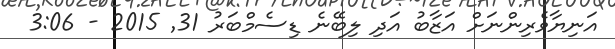
އަނިޔާވެރިންނަށް އަޒާބު އަދި ލިބޭނެ ޑިސެމްބަރު 31